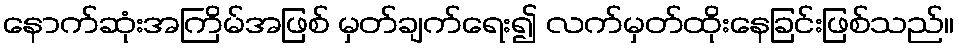
နောက်ဆုံးအကြိမ်အဖြစ် မှတ်ချက်ရေး၍ လက်မှတ်ထိုးနေခြင်းဖြစ်သည်။